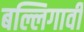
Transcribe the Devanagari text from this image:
बल्लिगावी